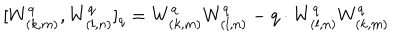
[ W _ { ( k , m ) } ^ { q } , W _ { ( l , n ) } ^ { q } ] _ { q } = W _ { ( k , m ) } ^ { q } W _ { ( l , n ) } ^ { q } - q \cdot W _ { ( l , n ) } ^ { q } W _ { ( k , m ) } ^ { q }